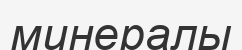
минералы